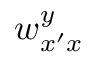
w _ { x ^ { \prime } x } ^ { y }